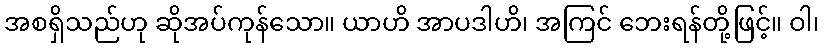
အစရှိသည်ဟု ဆိုအပ်ကုန်သော။ ယာဟိ အာပဒါဟိ၊ အကြင် ဘေးရန်တို့ဖြင့်။ ဝါ၊